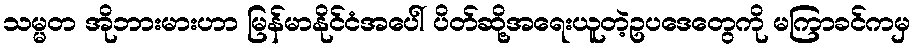
သမ္မတ အိုဘားမားဟာ မြန်မာနိုင်ငံအပေါ် ပိတ်ဆို့အရေးယူတဲ့ဥပဒေတွေကို မကြာခင်ကမှ